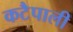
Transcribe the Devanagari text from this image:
कटैपाली